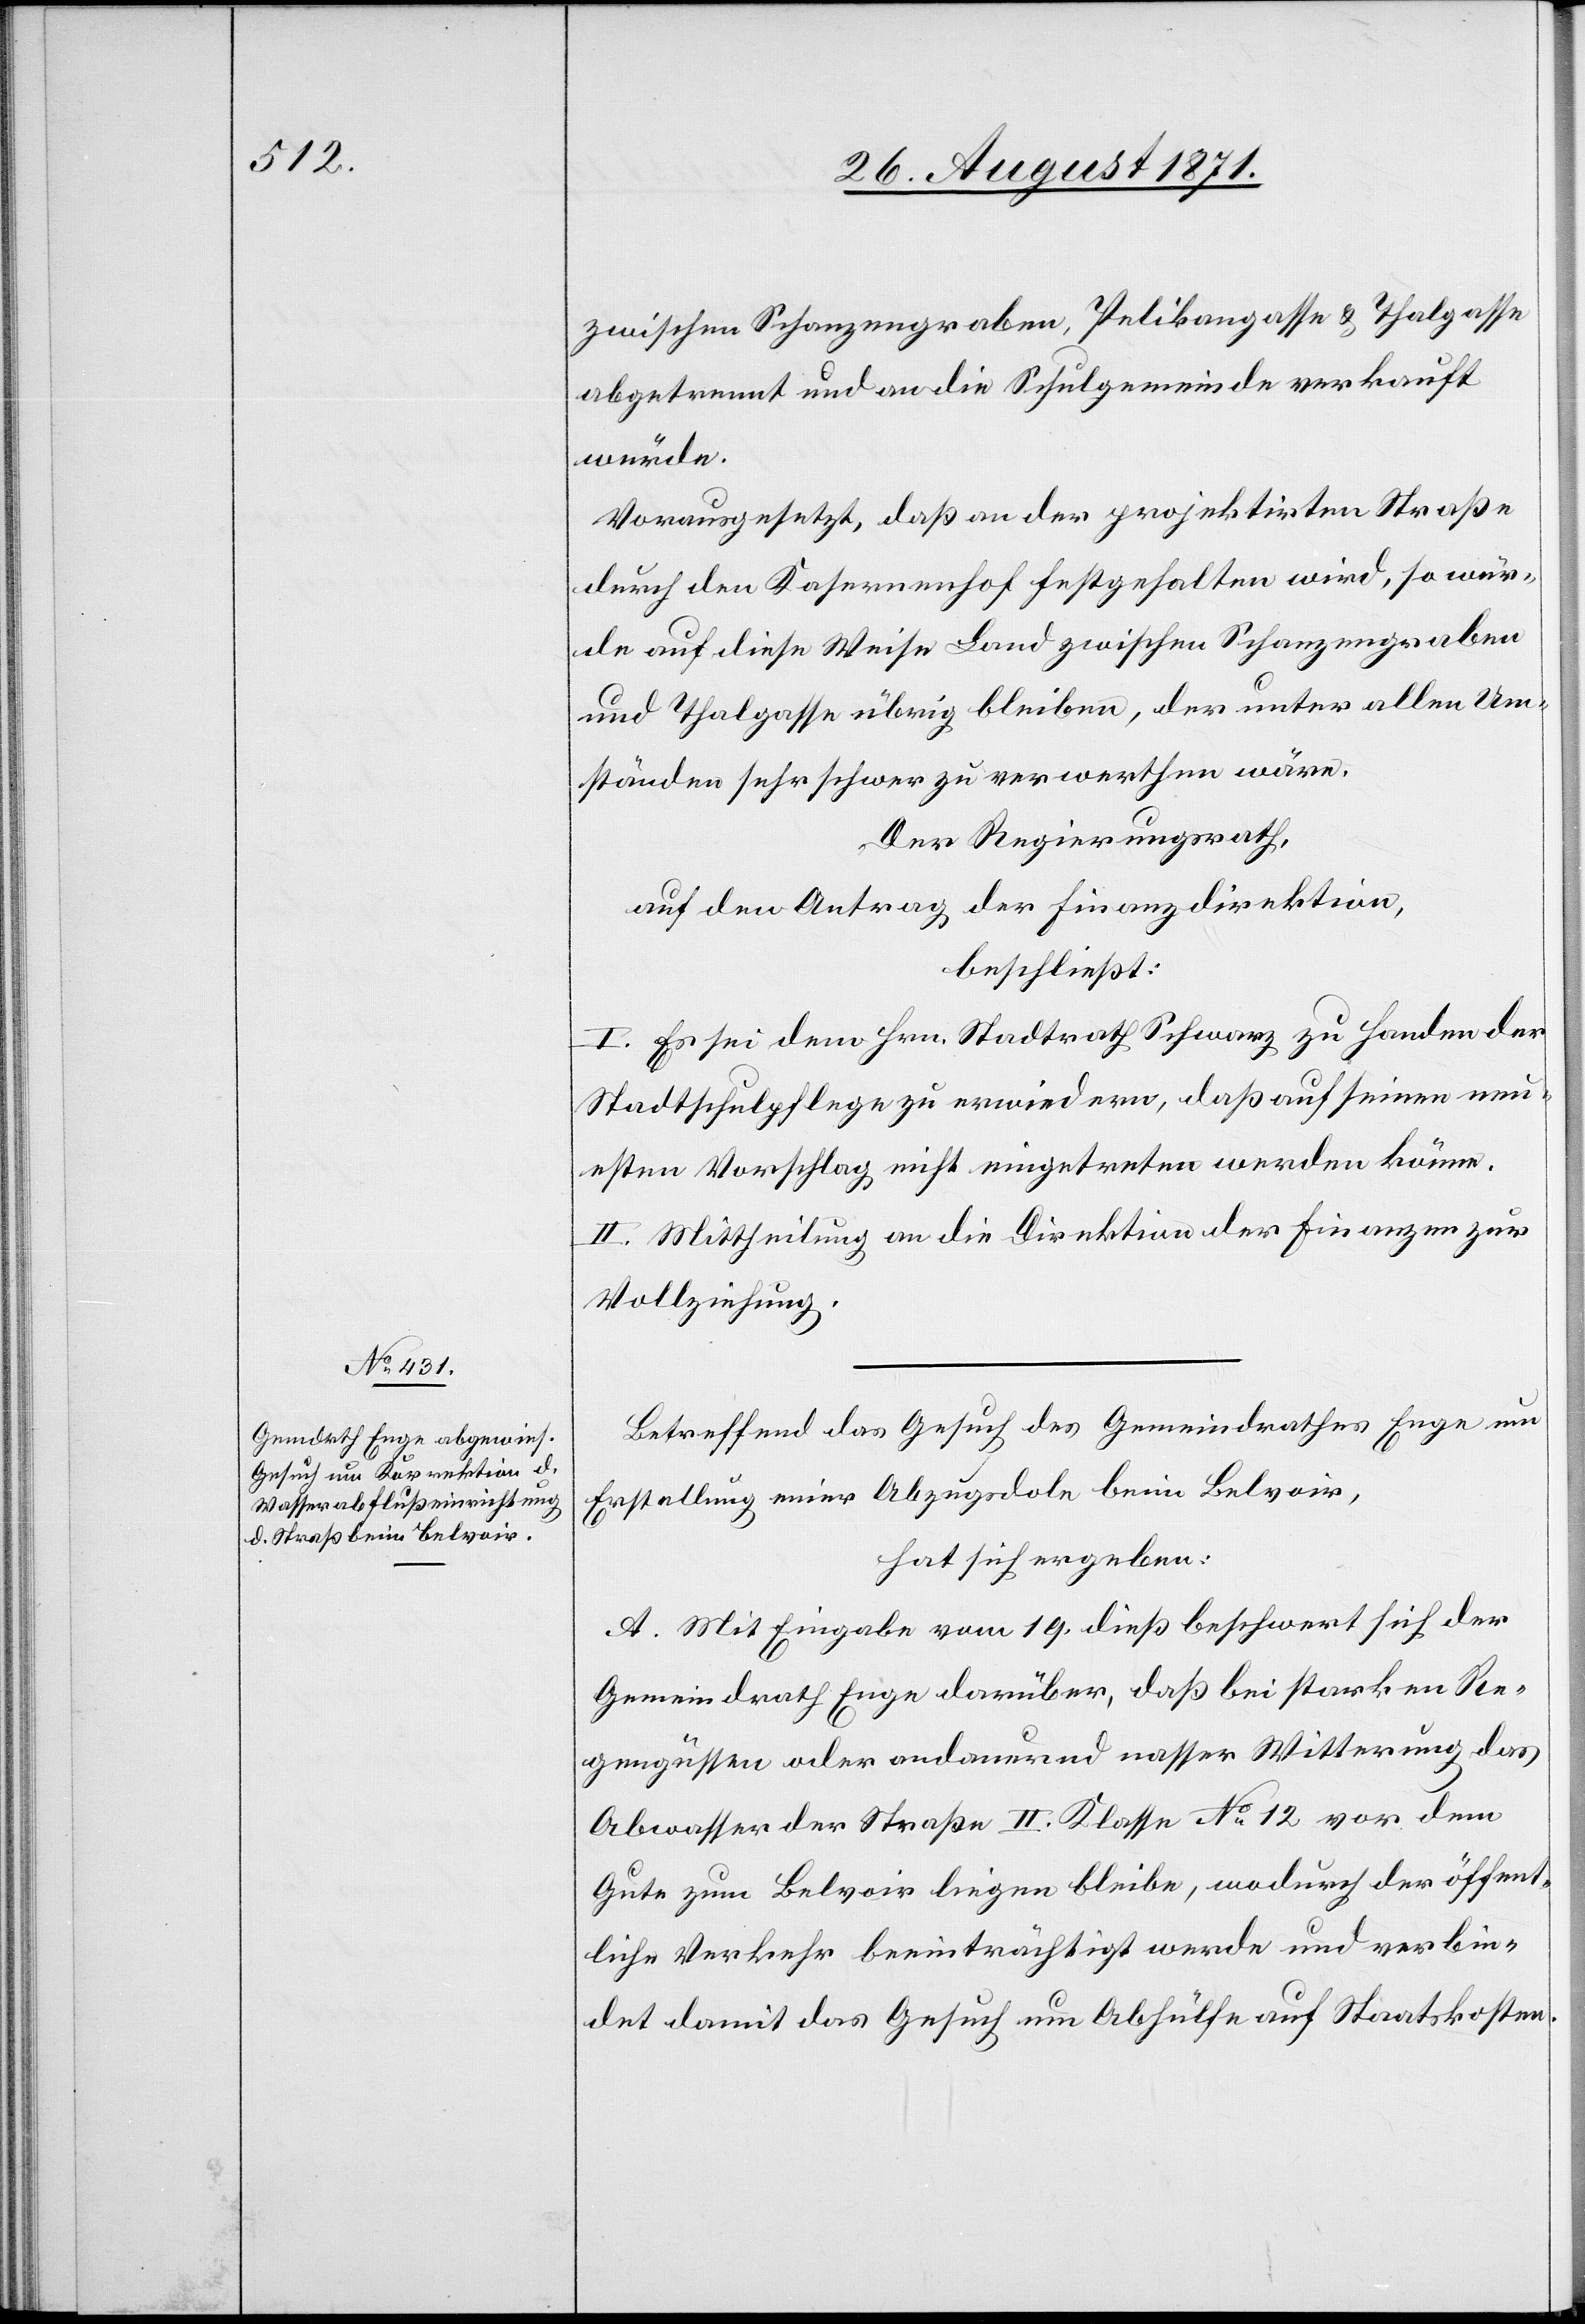
zwischen Schanzengraben, Pelikangasse & Thalgasse
abgetrennt und an die Schulgemeinde verkauft
würde.
Vorausgesetzt, daß an der projektirten Straße
durch den Kasernenhof festgehalten wird, so wür¬
de auf diese Weise Land zwischen Schanzengraben
und Thalgasse übrig bleiben, der unter allen Um¬
ständen sehr schwer zu verwerthen wäre.
Der Regierungsrath,
auf den Antrag der Finanzdirektion,
beschließt:
I. Es sei dem Hrn. Stadtrath Schwarz zu Handen der
Stadtschulpflege zu erwiedern, daß auf seinen n¬
eusten Vorschlag nicht eingetreten werden könne.
II. Mittheilung an die Direktion der Finanzen zur
Vollziehung.
Betreffend das Gesuch des Gemeindrathes Enge um
Erstellung einer Abzugsdole beim Belvoir,
hat sich ergeben:
A. Mit Eingabe vom 19. dieß beschwert sich der
Gemeindrath Enge darüber, daß bei starken Re¬
gengüssen oder andauernd nasser Witterung das
Abwasser der Straße II. Klasse No 12 von dem
Gute zum Belvoir liegen bleibe, wodurch der öffent¬
liche Verkehr beeinträchtigt werde und verbin¬
det damit das Gesuch um Abhülfe auf Staatskosten.